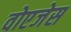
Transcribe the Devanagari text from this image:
वोएजेस